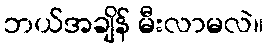
ဘယ်အချိန် မီးလာမလဲ။